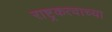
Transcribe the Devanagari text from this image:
राष्ट्रकत्वाच्या